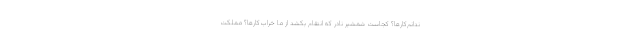
ندانم‌کارها؟ کجاست شمشیر نادر که انتقام بکشد از ما خراب‌کارها؟ مملکت